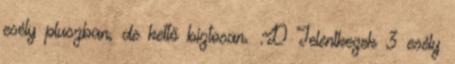
esély pluszban, de kettő biztosan. :D Jelentkezek 3 esély